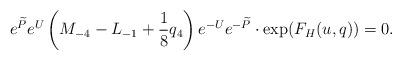
LaTeX: \begin{align*}e^{\widetilde{P}}e^U\left(M_{-4}-L_{-1}+\frac{1}{8}q_4\right) e^{-U}e^{-\widetilde{P}} \cdot \exp(F_H(u,q))=0.\end{align*}